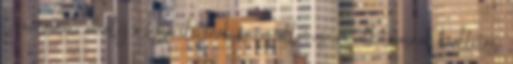
túraútvonal, amely a festő életének fontos állomásaira, alkotásainak kiállítási